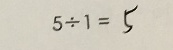
5 \div 1 = 5